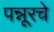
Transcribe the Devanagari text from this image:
पन्नूरचे